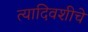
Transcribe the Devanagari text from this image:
त्यादिवशीचे